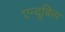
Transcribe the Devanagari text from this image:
एन्दूबिस